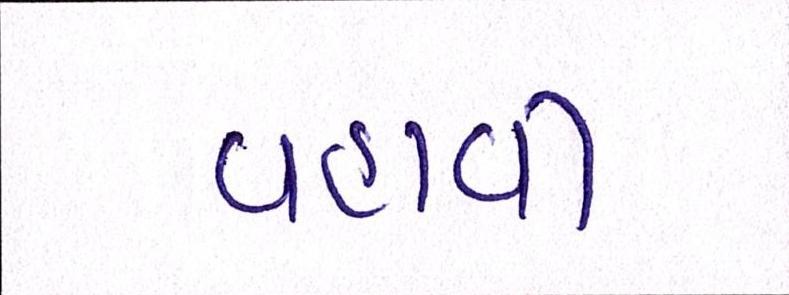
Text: વહાવી